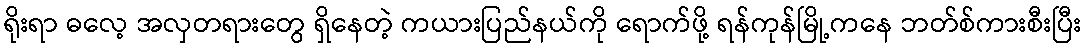
ရိုးရာ ဓလေ့ အလှတရားတွေ ရှိနေတဲ့ ကယားပြည်နယ်ကို ရောက်ဖို့ ရန်ကုန်မြို့ကနေ ဘတ်စ်ကားစီးပြီး